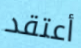
أعتقد